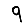
Digit: 9